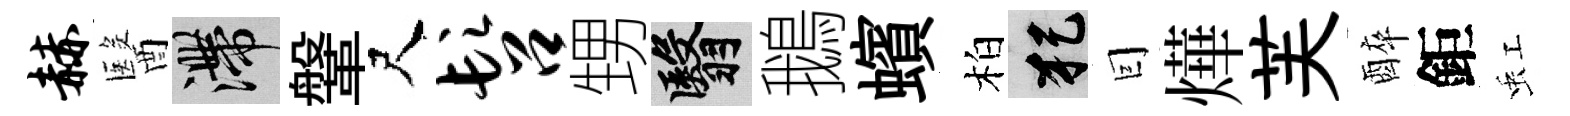
赫醫滯鞶尺髫甥翳鵝蠙柏犯囙燁芙醉鉅虹